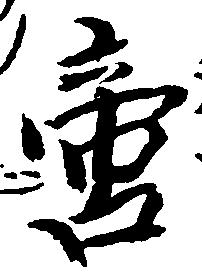
啻